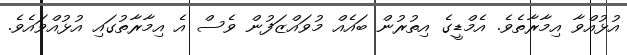
އުޅުއްވާ އިމާރާތެވެ. އެމްޑީގެ އިތުރުން ބައެއް މުވައްޒަފުން ވެސް އެ އިމާރާތުގައި އުޅުއްވައެވެ.